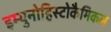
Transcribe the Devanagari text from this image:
इम्युनोहिस्टोकैमिकल